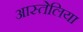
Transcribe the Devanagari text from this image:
आस्तेलिया